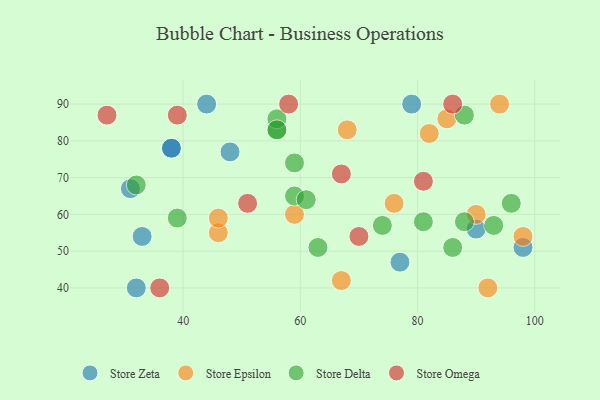
{"axis": {"x": "GDP", "y": "Life Expectancy"}, "legend": ["Store Delta", "Store Epsilon", "Store Omega", "Store Zeta"], "data": [{"x": "33", "y": 54, "type": "Store Zeta"}, {"x": "77", "y": 47, "type": "Store Zeta"}, {"x": "90", "y": 56, "type": "Store Zeta"}, {"x": "31", "y": 67, "type": "Store Zeta"}, {"x": "48", "y": 77, "type": "Store Zeta"}, {"x": "38", "y": 78, "type": "Store Zeta"}, {"x": "32", "y": 40, "type": "Store Zeta"}, {"x": "98", "y": 51, "type": "Store Zeta"}, {"x": "44", "y": 90, "type": "Store Zeta"}, {"x": "79", "y": 90, "type": "Store Zeta"}, {"x": "38", "y": 78, "type": "Store Zeta"}, {"x": "46", "y": 55, "type": "Store Epsilon"}, {"x": "94", "y": 90, "type": "Store Epsilon"}, {"x": "59", "y": 60, "type": "Store Epsilon"}, {"x": "46", "y": 59, "type": "Store Epsilon"}, {"x": "90", "y": 60, "type": "Store Epsilon"}, {"x": "98", "y": 54, "type": "Store Epsilon"}, {"x": "68", "y": 83, "type": "Store Epsilon"}, {"x": "85", "y": 86, "type": "Store Epsilon"}, {"x": "76", "y": 63, "type": "Store Epsilon"}, {"x": "82", "y": 82, "type": "Store Epsilon"}, {"x": "67", "y": 42, "type": "Store Epsilon"}, {"x": "92", "y": 40, "type": "Store Epsilon"}, {"x": "56", "y": 83, "type": "Store Delta"}, {"x": "74", "y": 57, "type": "Store Delta"}, {"x": "32", "y": 68, "type": "Store Delta"}, {"x": "93", "y": 57, "type": "Store Delta"}, {"x": "56", "y": 86, "type": "Store Delta"}, {"x": "96", "y": 63, "type": "Store Delta"}, {"x": "86", "y": 51, "type": "Store Delta"}, {"x": "56", "y": 83, "type": "Store Delta"}, {"x": "63", "y": 51, "type": "Store Delta"}, {"x": "88", "y": 58, "type": "Store Delta"}, {"x": "39", "y": 59, "type": "Store Delta"}, {"x": "81", "y": 58, "type": "Store Delta"}, {"x": "59", "y": 65, "type": "Store Delta"}, {"x": "88", "y": 87, "type": "Store Delta"}, {"x": "59", "y": 74, "type": "Store Delta"}, {"x": "61", "y": 64, "type": "Store Delta"}, {"x": "86", "y": 90, "type": "Store Omega"}, {"x": "58", "y": 90, "type": "Store Omega"}, {"x": "27", "y": 87, "type": "Store Omega"}, {"x": "67", "y": 71, "type": "Store Omega"}, {"x": "81", "y": 69, "type": "Store Omega"}, {"x": "70", "y": 54, "type": "Store Omega"}, {"x": "51", "y": 63, "type": "Store Omega"}, {"x": "39", "y": 87, "type": "Store Omega"}, {"x": "36", "y": 40, "type": "Store Omega"}]}